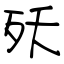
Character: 殀